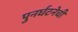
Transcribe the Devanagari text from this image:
पुनर्घटनेची